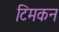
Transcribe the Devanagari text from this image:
टिमकन